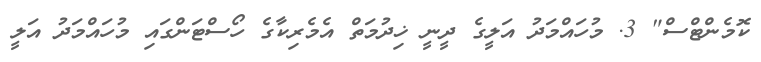
ކޮމެންޓްސް" 3. މުހައްމަދު އަލީގެ ދީނީ ޚިދުމަތް އެމެރިކާގެ ހޯސްޓަންގައި މުހައްމަދު އަލީ